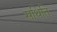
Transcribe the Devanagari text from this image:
सथिति